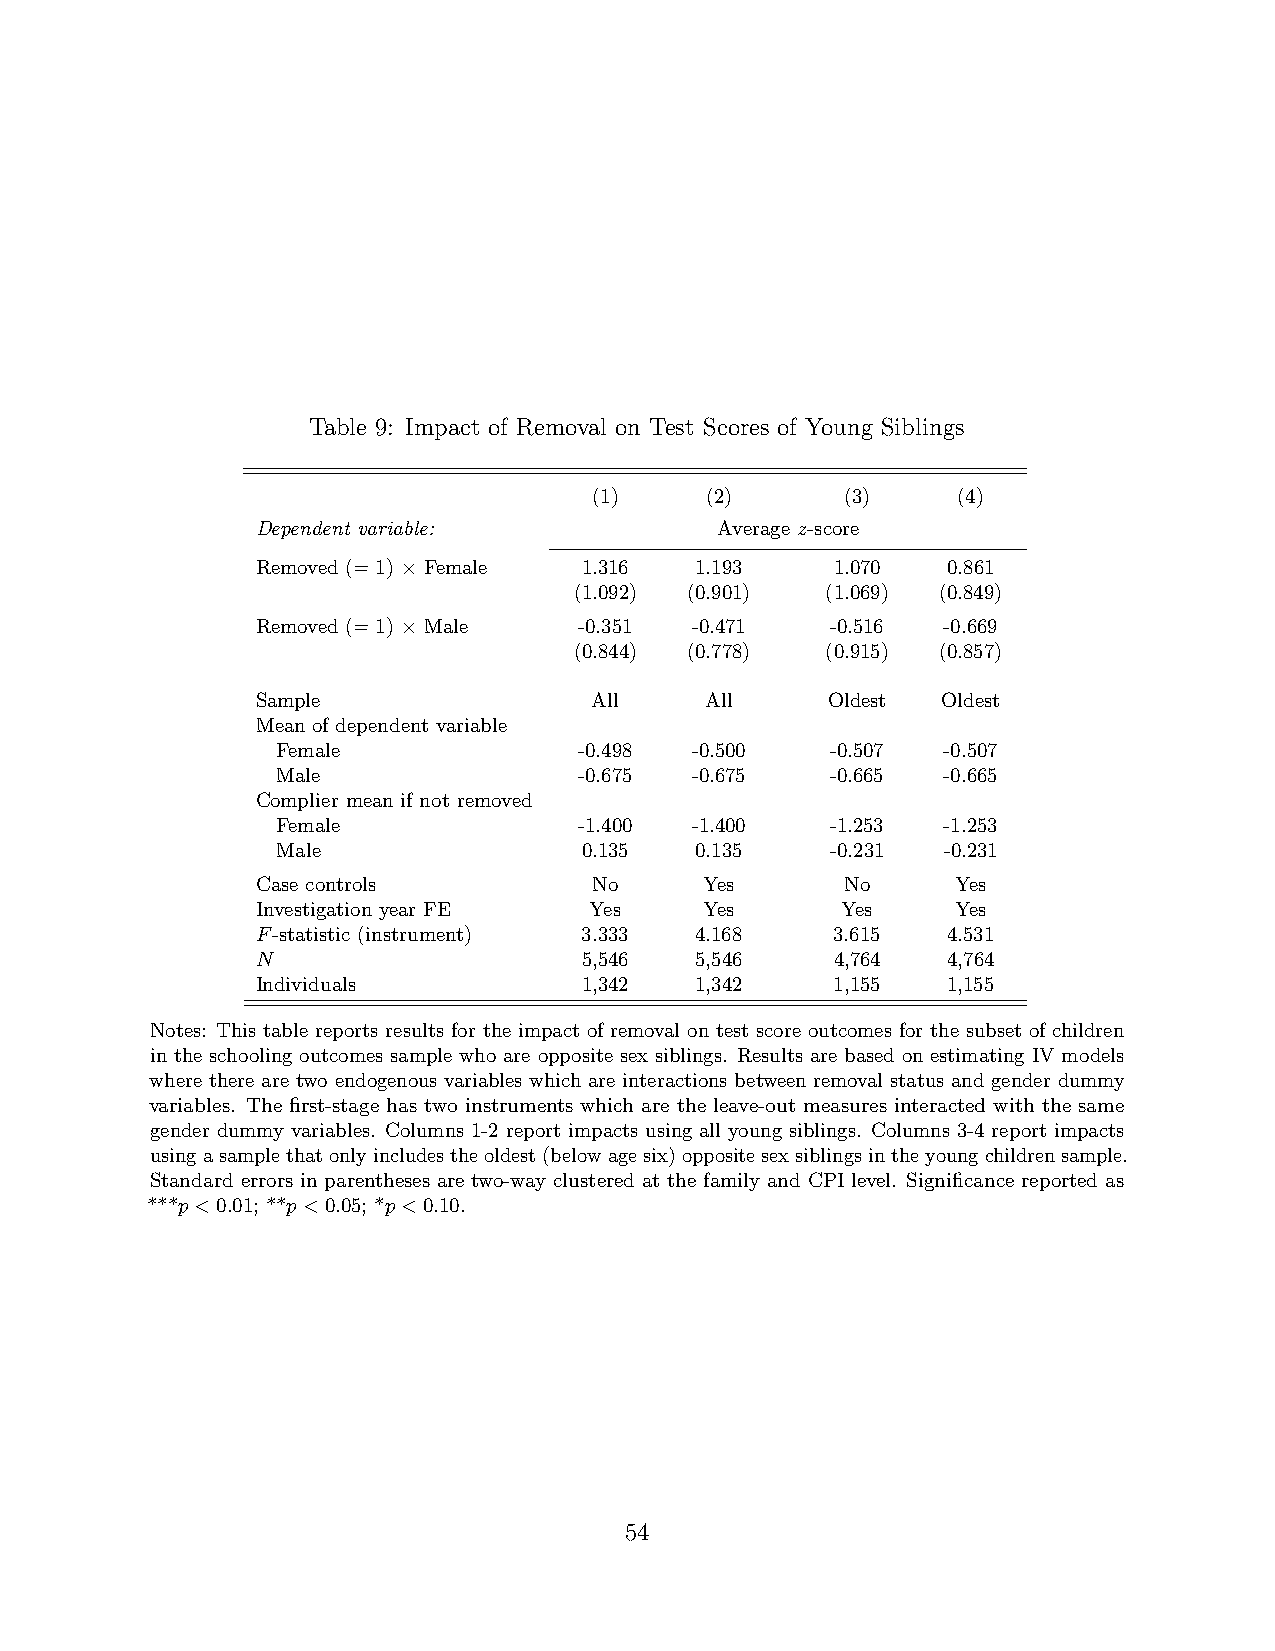
Table 9: Impact of Removal on Test Scores of Young Siblings
 (1)     (2)      (3)    (4)
 Dependent variable:           Average z-score
 Removed (=1) Female   1.316  1.193    1.070   0.861
 ×
 (1.092) (0.901)  (1.069) (0.849)
 Removed (=1) Male    -0.351  -0.471   -0.516 -0.669
 ×
 (0.844) (0.778)  (0.915) (0.857)
 Sample                All     All     Oldest Oldest
 Mean of dependent variable
 Female              -0.498  -0.500   -0.507 -0.507
 Male                -0.675  -0.675   -0.665 -0.665
 Complier mean if not removed
 Female              -1.400  -1.400   -1.253 -1.253
 Male                 0.135  0.135    -0.231 -0.231
 Case controls         No      Yes      No     Yes
 Investigation year FE Yes     Yes      Yes    Yes
 F-statistic (instrument) 3.333 4.168  3.615   4.531
 N                     5,546  5,546    4,764   4,764
 Individuals           1,342  1,342    1,155   1,155
 Notes: This table reports results for the impact of removal on test score outcomes for the subset of children
 in the schooling outcomes sample who are opposite sex siblings. Results are based on estimating IV models
 where there are two endogenous variables which are interactions between removal status and gender dummy
 variables. The first-stage has two instruments which are the leave-out measures interacted with the same
 gender dummy variables. Columns 1-2 report impacts using all young siblings. Columns 3-4 report impacts
 usingasamplethatonlyincludestheoldest(belowagesix)oppositesexsiblingsintheyoungchildrensample.
 Standard errors in parentheses are two-way clustered at the family and CPI level. Significance reported as
 ***p<0.01; **p<0.05; *p<0.10.
 54
 1